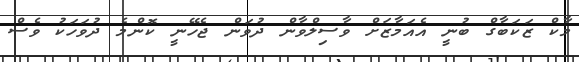
މާކް ޒަކަބާގް ބުނީ އެއަމާޒަށް ވާސިލްވާން ދުވަން ޖެހޭނީ ކޮންމެ ދުވަހަކު ވެސް